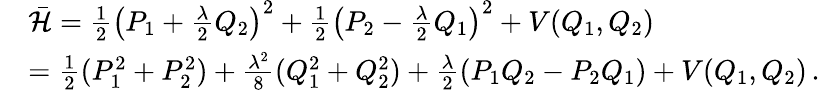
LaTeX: \begin{array}{rl}&{\bar{{\mathcal{H}}}=\frac{1}{2}\left(P_{1}+\frac{\lambda}{2}Q_{2}\right)^{2}+\frac{1}{2}\left(P_{2}-\frac{\lambda}{2}Q_{1}\right)^{2}+V(Q_{1},Q_{2})}\\ &{=\frac{1}{2}(P_{1}^{2}+P_{2}^{2})+\frac{\lambda^{2}}{8}(Q_{1}^{2}+Q_{2}^{2})+\frac{\lambda}{2}(P_{1}Q_{2}-P_{2}Q_{1})+V(Q_{1},Q_{2})\, .}\end{array}